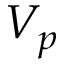
V _ { p }